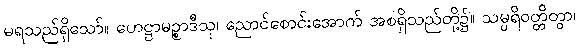
မရသည်ရှိသော်။ ဟေဋ္ဌာမဉ္စာဒီသု၊ ညောင်စောင်းအောက် အစရှိသည်တို့၌။ သမ္ပရိဝတ္တိတွာ၊